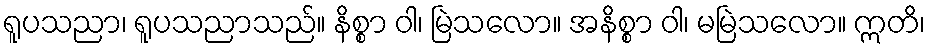
ရူပသညာ၊ ရူပသညာသည်။ နိစ္စာ ဝါ၊ မြဲသလော။ အနိစ္စာ ဝါ၊ မမြဲသလော။ ဣတိ၊